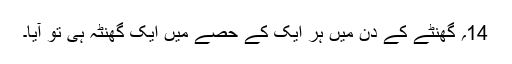
14؍ گھنٹے کے دن میں ہر ایک کے حصے میں ایک گھنٹہ ہی تو آیا۔